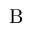
\mathrm { B }